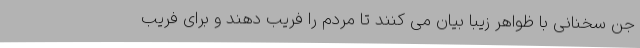
جن سخنانی با ظواهر زیبا بیان می کنند تا مردم را فریب دهند و برای فریب